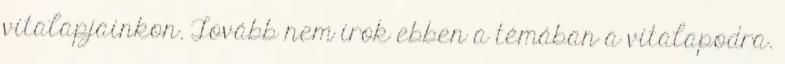
vitalapjainkon. Tovább nem írok ebben a témában a vitalapodra.